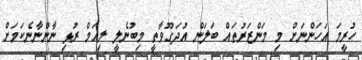
ހުރީމަ އަހަންނަށް މި މަންޒަރުތައް ބަލަން އުދަގޫވާތީ މިބުނެލީ ލިއަމް ރުޅި ނާންނާނެކަމަށް